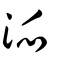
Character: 派